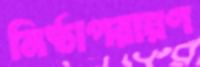
নিষ্ঠাপরায়ণ